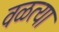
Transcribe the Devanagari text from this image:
वळत्या